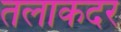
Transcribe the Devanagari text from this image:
तलाकदर